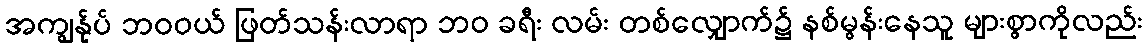
အကျွန်ုပ် ဘဝဝယ် ဖြတ်သန်းလာရာ ဘဝ ခရီး လမ်း တစ်လျှောက်၌ နစ်မွန်းနေသူ များစွာကိုလည်း